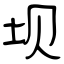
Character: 坝